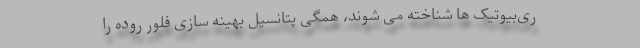
ری‌بیوتیک ها شناخته می شوند، همگی پتانسیل بهینه سازی فلور روده را